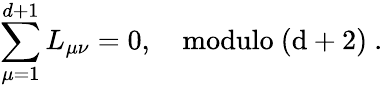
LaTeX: \sum_{\mu=1}^{d+1}L_{\mu\nu}=0,\quad\mathrm{modulo~(d+2)~}.